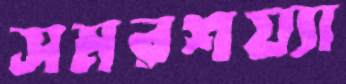
সমরশয্যা